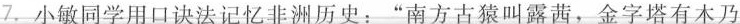
7.小敏同学用口诀法记忆非洲历史：”南方古猿叫露茜，金字塔有木乃